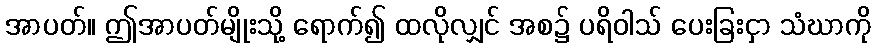
အာပတ်။ ဤအာပတ်မျိုးသို့ ရောက်၍ ထလိုလျှင် အစ၌ ပရိဝါသ် ပေးခြးငှာ သံဃာကို